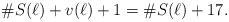
LaTeX: \begin{align*}\# S(\ell) + v(\ell) + 1 = \# S(\ell) + 17.\end{align*}